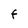
Character: F